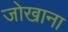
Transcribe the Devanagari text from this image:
जोखाना